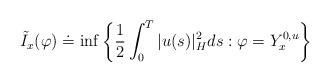
LaTeX: \begin{align*}\tilde{I}_{x}(\varphi )\doteq\inf \left\{ \frac{1}{2}\int_{0}^{T}|u(s)|_{H}^{2}ds:\varphi =Y_{x}^{0,u}\right\}\end{align*}